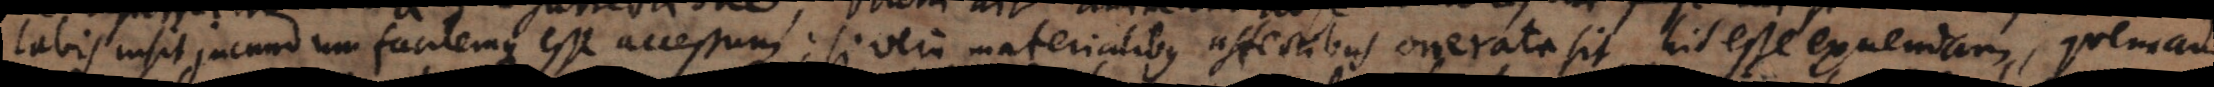
, jucundum facilemque esse accessum; si vero materialibus affectibus onerata sit, his esse exuendam, quemadmodum